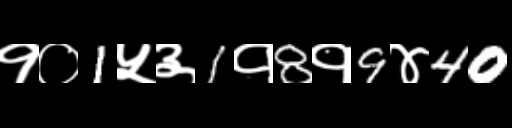
Text: १०1५३1१8१9४40